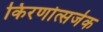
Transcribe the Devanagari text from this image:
किरणोत्सर्जक